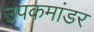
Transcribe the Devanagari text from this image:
उपकमांडर